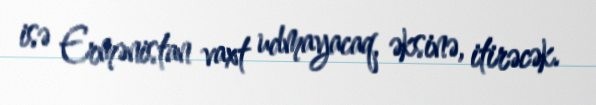
isə Ermənistan vaxt udmayacaq, əksinə, itirəcək.